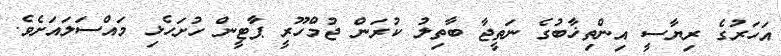
އަހަރުގެ ރިޔާސީ އިންތިޚާބުގެ ނަތީޖާ ބާތިލު ކުރަން ޖުމްހޫރީ ޕާޓީން ހުށަހެޅި މައްސަލައަށެވެ.